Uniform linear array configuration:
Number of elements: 48
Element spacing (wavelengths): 0.25
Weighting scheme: cosine
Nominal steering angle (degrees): -60
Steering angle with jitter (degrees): -61.853
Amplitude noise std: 0.05
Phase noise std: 0.05

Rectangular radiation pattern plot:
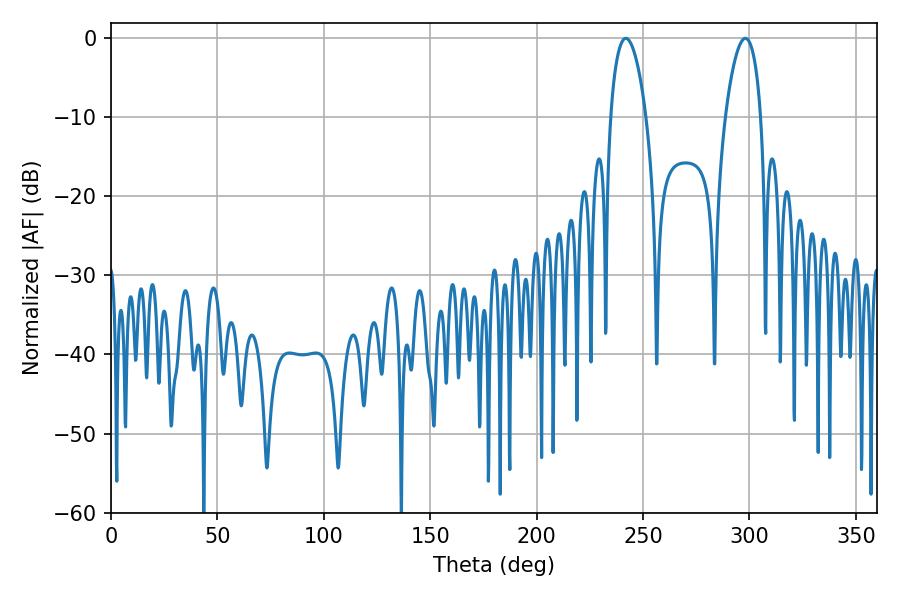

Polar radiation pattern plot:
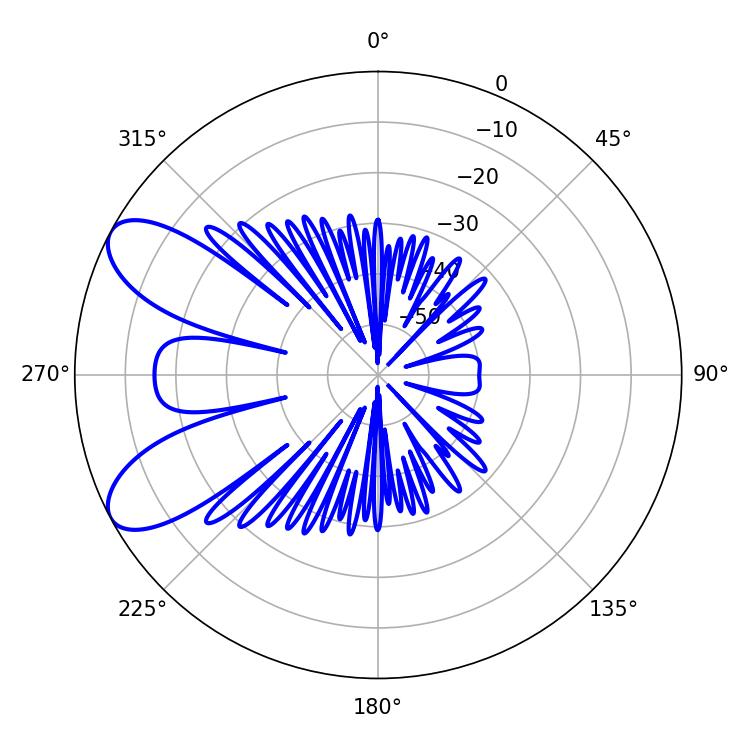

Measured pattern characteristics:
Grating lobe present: FALSE
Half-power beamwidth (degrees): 9.36
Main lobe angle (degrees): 241.92